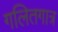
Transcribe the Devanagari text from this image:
गलितगात्र